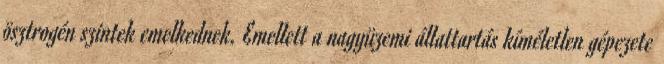
ösztrogén szintek emelkednek. Emellett a nagyüzemi állattartás kíméletlen gépezete